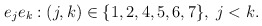
\begin{align*}e_{j}e_{k}:(j,k)\in \{1,2,4,5,6,7\},\;j<k.\end{align*}